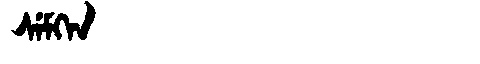
Manchu: ᠰᡝᠮᡴᡝᠨ
Romanization: SEMKEN